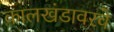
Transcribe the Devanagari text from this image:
कालखंडावरचे